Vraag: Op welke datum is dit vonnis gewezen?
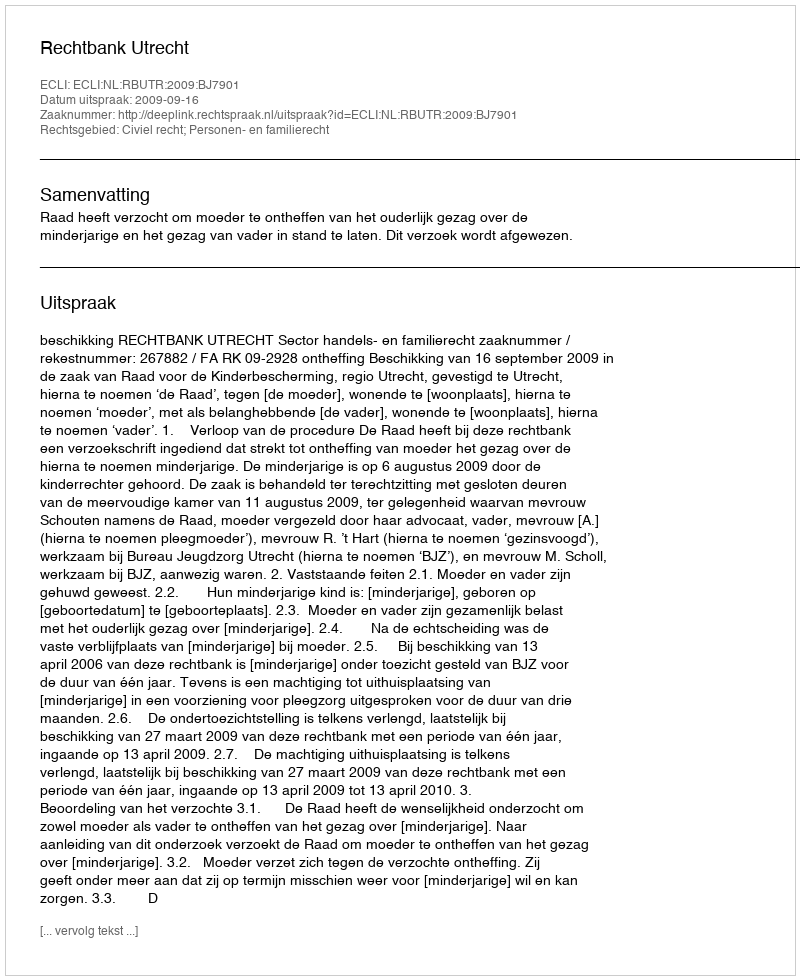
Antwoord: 2009-09-16